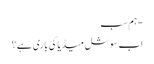
- ہم سب
اب سوشل میڈیا کی باری ہے؟